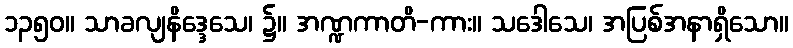
၁၃၅၀။ သာခလျနိဒ္ဒေသေ၊ ၌။ အဏ္ဍကာတိ-ကား။ သဒေါသေ၊ အပြစ်အနာရှိသော။